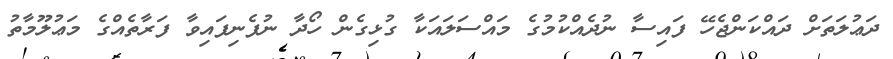
ދަޢުލަތަށް ދައްކަންޖެހޭ ފައިސާ ނުދެއްކުމުގެ މައްސަލައަކާ ގުޅިގެން ހޯދާ ނުފެނިފައިވާ ފަރާތެއްގެ މަޢުލޫމާތު